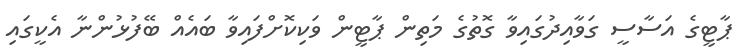
ޕާޓީގެ އަސާސީ ގަވާއިދުގައިވާ ގޮތުގެ މަތިން ޕާޓީން ވަކިކޮށްފައިވާ ބައެއް ބޭފުޅުންނާ އެކީގައި